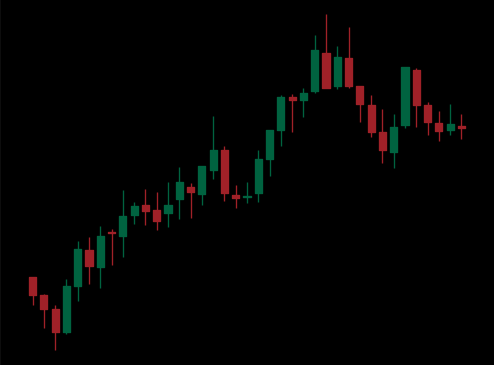
Pattern: bear_flag